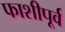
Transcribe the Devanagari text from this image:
फाशीपूर्व